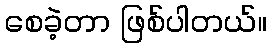
စေခဲ့တာ ဖြစ်ပါတယ်။